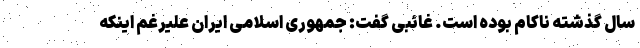
سال گذشته ناکام بوده است. غائبی گفت: جمهوری اسلامی ایران علیرغم اینکه